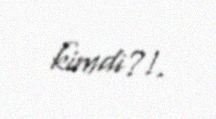
kimdi?!.